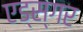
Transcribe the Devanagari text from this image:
एड्स्गर